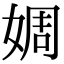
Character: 婤